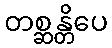
တစ္ဆန္တိပေ